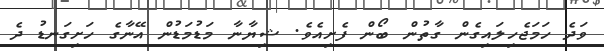
ވަދެ ހަމަޖެހިލައިގެން ގާތުން ބޯން ފެށިއެވެ. ޝިޔާނާ މަޑުމަޑުން އޭނާގެ ހަށިގަނޑު ދެ